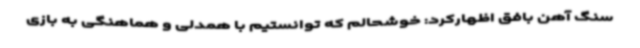
سنگ آهن بافق اظهارکرد: خوشحالم که توانستیم با همدلی و هماهنگی به بازی